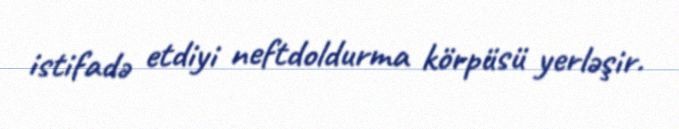
istifadə etdiyi neftdoldurma körpüsü yerləşir.